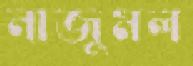
নাজুমল